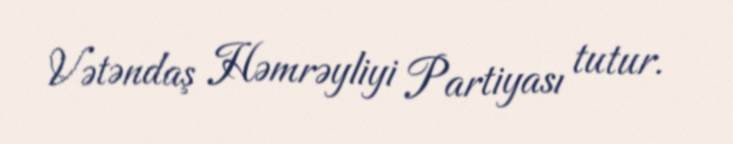
Vətəndaş Həmrəyliyi Partiyası tutur.